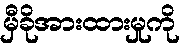
မှီခိုအားထားမှုကို